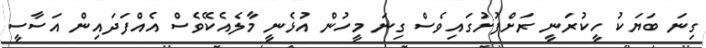
ގިނަ ބަޔަކު ހީކުރަނީ ރަށްފުށުގައިވެސް ގިނަ މީހުން އުޅެނީ މާލެއެކޭވެސް އެއްފަދައިން އަސާސީ